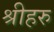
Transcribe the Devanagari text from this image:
श्रीहरु